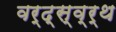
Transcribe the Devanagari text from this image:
वर्द्स्व्र्थ